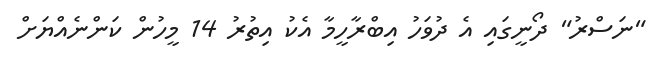
"ނަސްރު" ދޯނީގައި އެ ދުވަހު އިބްރާހީމާ އެކު އިތުރު 14 މީހުން ކަންނެއްޔަށް